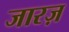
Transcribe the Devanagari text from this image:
जारज़